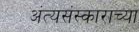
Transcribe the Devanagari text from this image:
अंत्यसंस्काराच्या